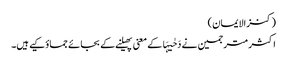
(کنزالایمان)
اکثر مترجمین نے دَحٰیہَا کے معنی پھیلنے کے بجائے جماؤکیے ہیں۔